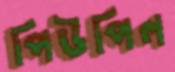
পিউপিল